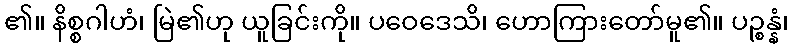
၏။ နိစ္စဂါဟံ၊ မြဲ၏ဟု ယူခြင်းကို။ ပဝေဒေသိ၊ ဟောကြားတော်မူ၏။ ပဉ္စန္နံ၊